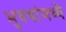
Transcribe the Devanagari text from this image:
भुवयांमध्ये